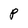
Character: P